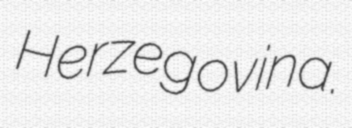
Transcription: Herzegovina.